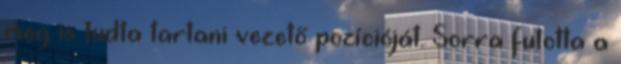
meg is tudta tartani vezető pozícióját. Sorra futotta a